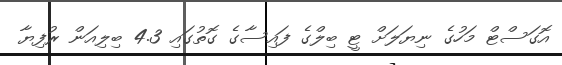
އޮގަސްޓް މަހުގެ ނިޔަލަށް ޓީ ބިލްގެ ފައިސާގެ ގޮތުގައި 4.3 ބިލިއަން ރުފިޔާ